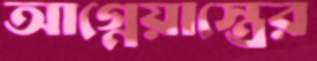
আগ্নেয়াস্ত্রের